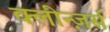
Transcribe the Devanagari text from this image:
क्लीन्ज़र्स